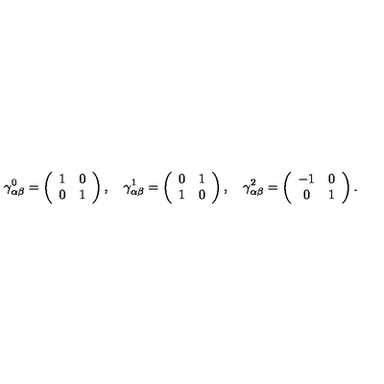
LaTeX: \gamma _ { \alpha \beta } ^ { 0 } = \left( \begin{array} { c c } { 1 } & { 0 } \\ { 0 } & { 1 } \\ \end{array} \right) , \quad \gamma _ { \alpha \beta } ^ { 1 } = \left( \begin{array} { c c } { 0 } & { 1 } \\ { 1 } & { 0 } \\ \end{array} \right) , \quad \gamma _ { \alpha \beta } ^ { 2 } = \left( \begin{array} { c c } { - 1 } & { 0 } \\ { 0 } & { 1 } \\ \end{array} \right) .